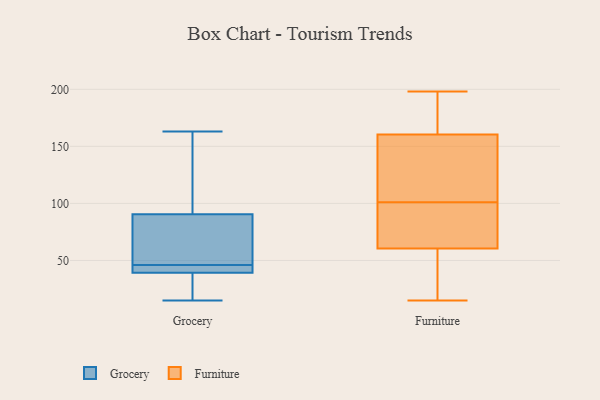
{"axis": {"x": "Headcount", "y": "Value"}, "legend": ["Furniture", "Grocery"], "data": [{"x": "", "y": 42, "type": "Grocery"}, {"x": "", "y": 42, "type": "Grocery"}, {"x": "", "y": 20, "type": "Grocery"}, {"x": "", "y": 141, "type": "Grocery"}, {"x": "", "y": 136, "type": "Grocery"}, {"x": "", "y": 71, "type": "Grocery"}, {"x": "", "y": 40, "type": "Grocery"}, {"x": "", "y": 97, "type": "Grocery"}, {"x": "", "y": 163, "type": "Grocery"}, {"x": "", "y": 15, "type": "Grocery"}, {"x": "", "y": 61, "type": "Grocery"}, {"x": "", "y": 39, "type": "Grocery"}, {"x": "", "y": 39, "type": "Grocery"}, {"x": "", "y": 64, "type": "Grocery"}, {"x": "", "y": 46, "type": "Grocery"}, {"x": "", "y": 168, "type": "Furniture"}, {"x": "", "y": 159, "type": "Furniture"}, {"x": "", "y": 142, "type": "Furniture"}, {"x": "", "y": 198, "type": "Furniture"}, {"x": "", "y": 101, "type": "Furniture"}, {"x": "", "y": 64, "type": "Furniture"}, {"x": "", "y": 15, "type": "Furniture"}, {"x": "", "y": 99, "type": "Furniture"}, {"x": "", "y": 170, "type": "Furniture"}, {"x": "", "y": 95, "type": "Furniture"}, {"x": "", "y": 165, "type": "Furniture"}, {"x": "", "y": 136, "type": "Furniture"}, {"x": "", "y": 82, "type": "Furniture"}, {"x": "", "y": 23, "type": "Furniture"}, {"x": "", "y": 50, "type": "Furniture"}, {"x": "", "y": 48, "type": "Furniture"}, {"x": "", "y": 121, "type": "Furniture"}]}